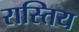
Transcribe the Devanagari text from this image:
रास्तिय